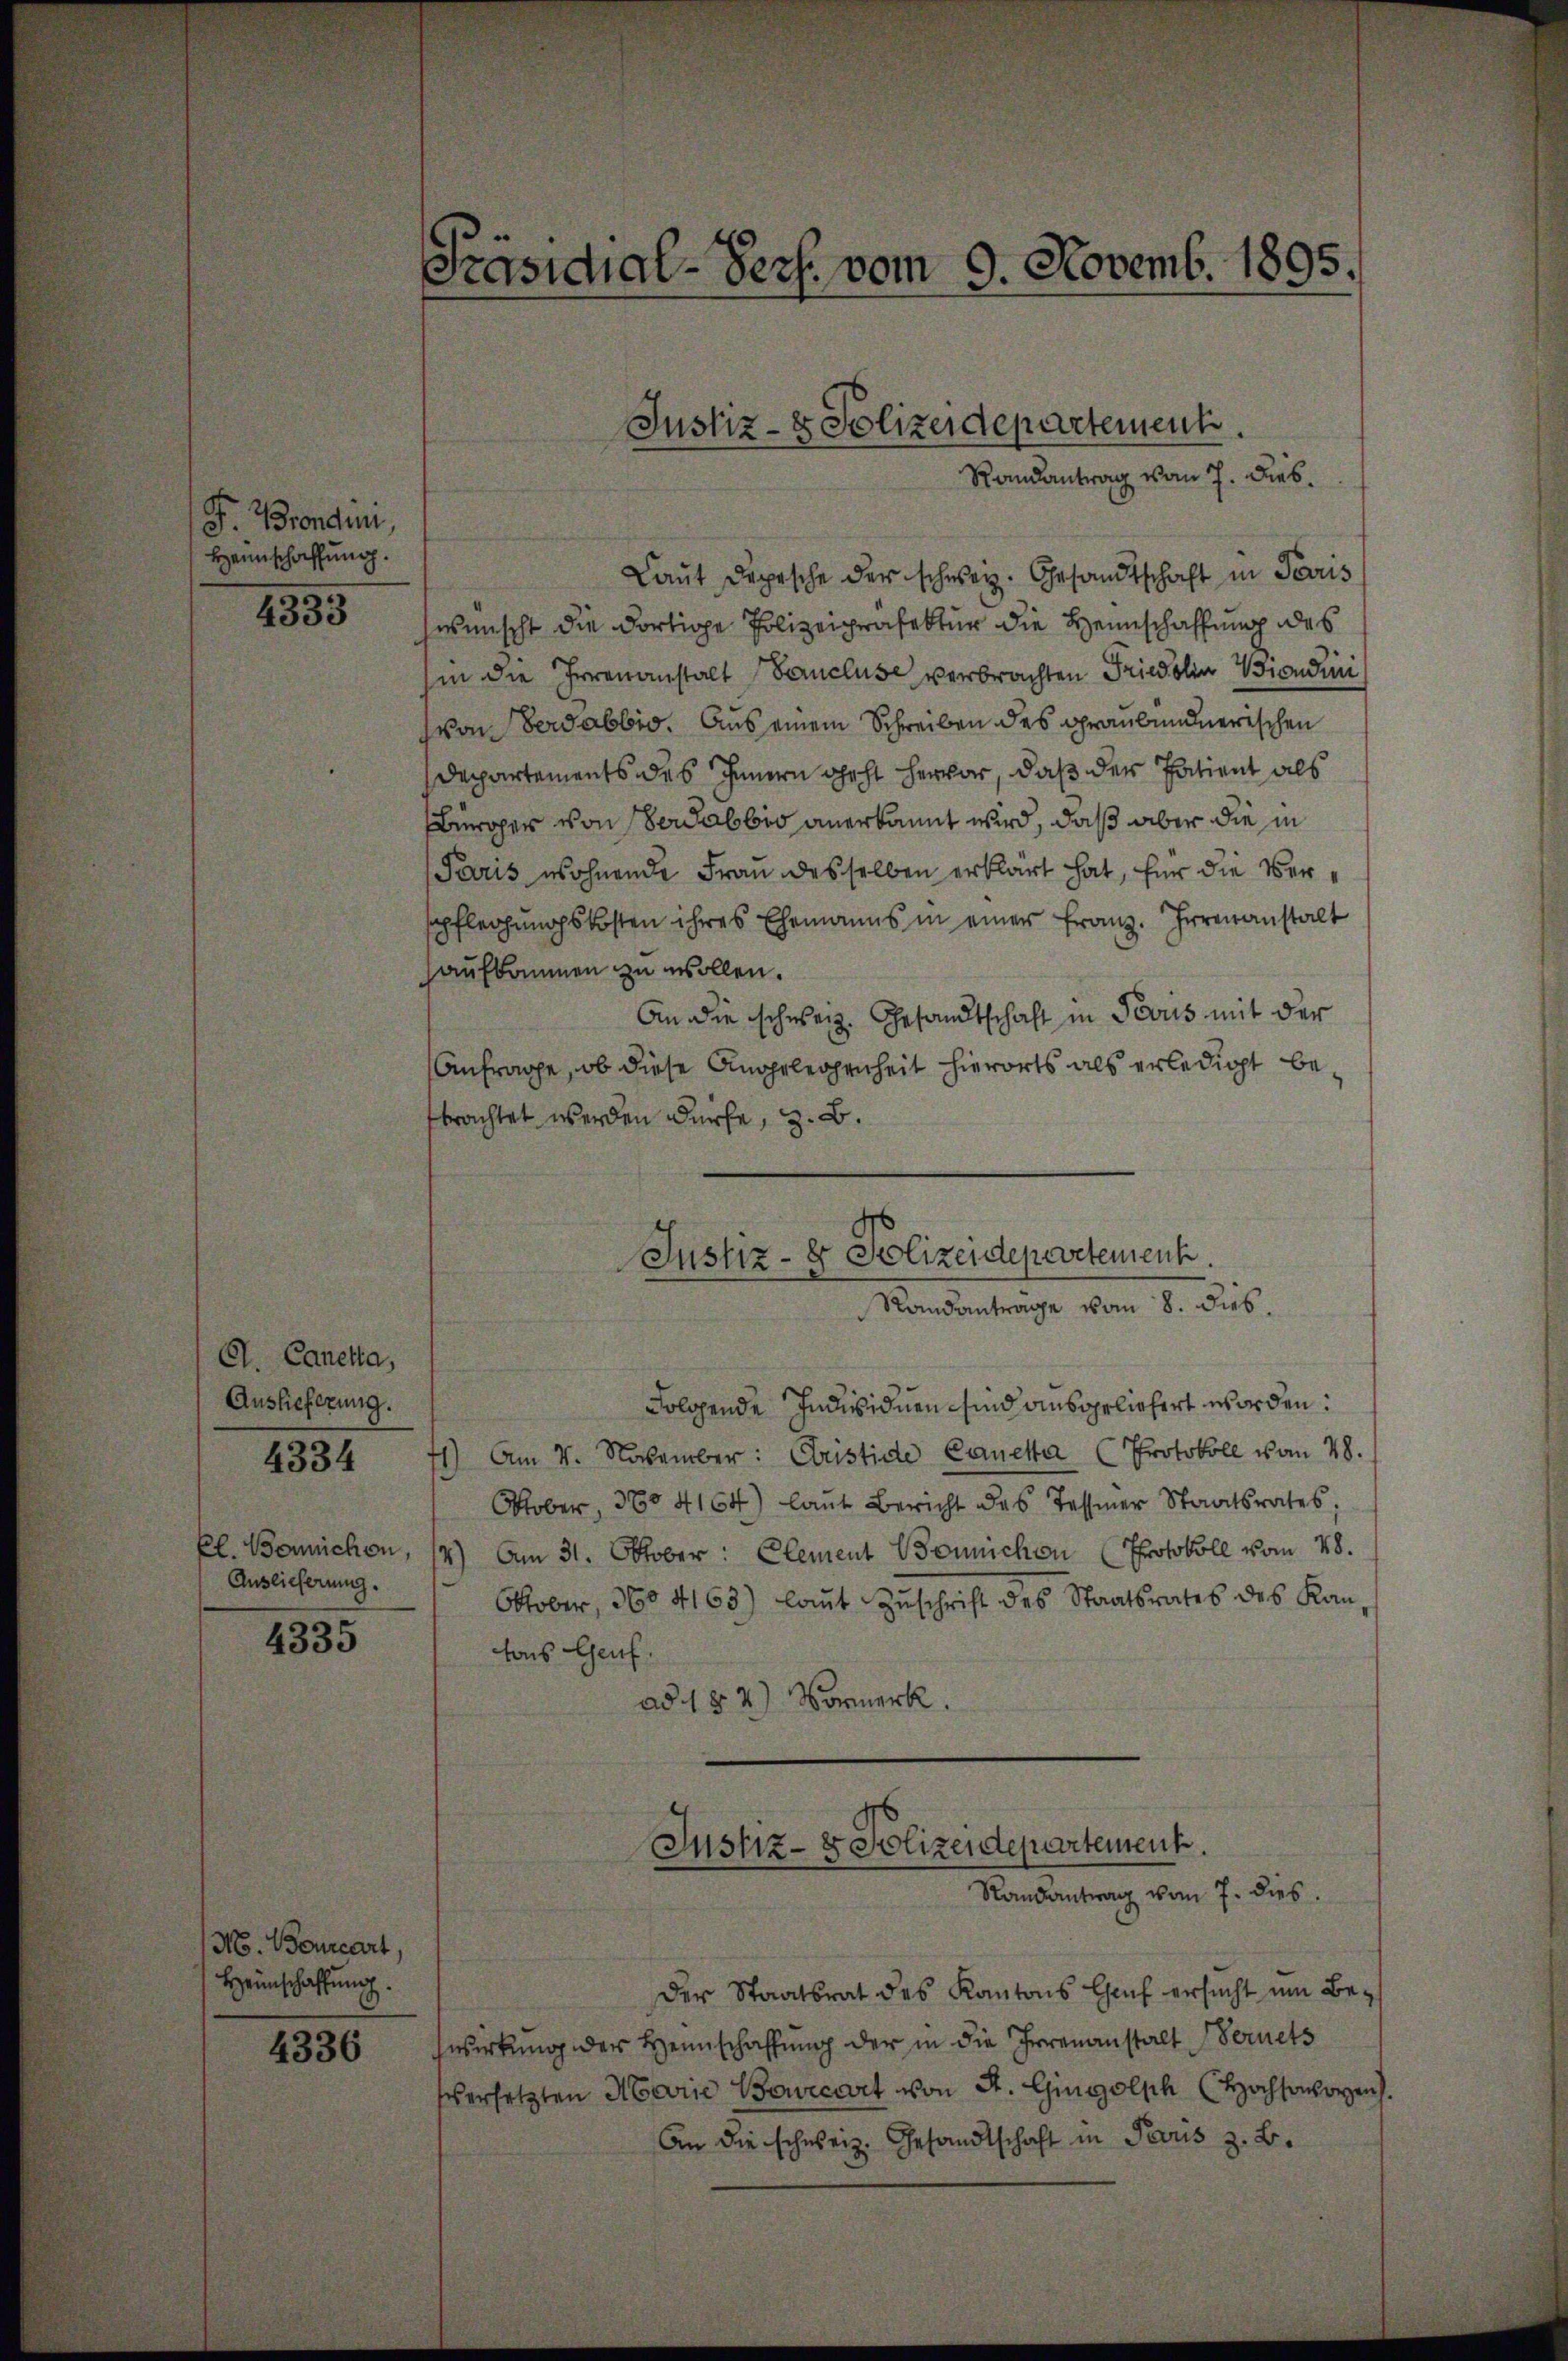
J. Brondini,
Heimschaffung.

4333

A. Canetta,
Auslieferung.
El. Berichen,
Auslieferung.

4334

4335

Mo. Bourcart,
Heimschaffung.

4336

Präsidial-Pers. vom 9. Novemb. 1895.

Justiz- & Polizeidepartement.
Randantrag vom 7. Dieb¬

Laut Depesche der schweiz. Gesandtschaft in Paris
wünscht die dortige Polizeipräfektur die Heimschaffung des
hin die Irrenanstalt Sancluse verbrachten Friedolin Brondini
von Verdabbio. Aus einem Schreiben des Graubündnerischen
Deppartements des Innern geht hervor, daß der Patient als
Bürcher von serabbio anerkannt wird, daß aber die in
Paris wohnende Frau desselben erklärt hat, für die Verpfleihungskosten ihres Ehemanns in einer Franz. Irrenanstalt
aufkommen zu wollen.
An die schweiz. Gesandtschaft in Perus mit der
Anfrage, ob diese Angelegenheit hierorts als erledigt bebrachtet werden dürfe, z. B.
Justiz- & Polizeidepartement.
Standantrage vom 8. dies.
Folgende Individuen sind ausgeliefert worden:
71) Am 4. November: Christice Caneta (Protokoll vom 28.
Oktober, 360 4164) laut Bericht des Tessiner Staatsrates;
4) Am 31. Oktober: Clement Bonnichen Protokoll vom 28.
Oktober, 360 4163) laut Zuschrift des Staatsrates des Kan-
tons Genf
ad 184) Vormerk

Justiz- & Polizeidepartement.
Randantrag vom 7. dies

der Staatsrat des Kantons Chef ersucht um Bewirkung der Heimschaffung der in die Irrenanstalt Fernets
versetzten Marie Bewicart von A. Gingolph (Hochsavoyen.
An die schweiz. Gesandtschaft in Paris z. B.